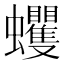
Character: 蠼